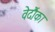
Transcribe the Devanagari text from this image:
वेदौंका